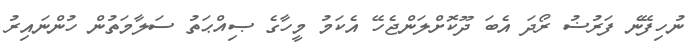
ނުހިފޭނެ ފަރުޟު ރޯދަ އެބަ ދޫކޮށްލަންޖެހޭ އެކަމު މީހާގެ ޞިއްޙަތު ސަލާމަތުން ހުންނައިރު